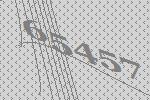
65457